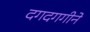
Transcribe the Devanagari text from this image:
दगदगगीने